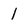
Character: 1